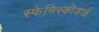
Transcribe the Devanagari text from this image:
स्फेनिस्कीडाई